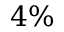
4 \%